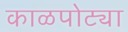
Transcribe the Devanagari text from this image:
काळपोट्या